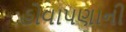
હોવાપણાની